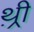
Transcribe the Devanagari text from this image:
थ़्री